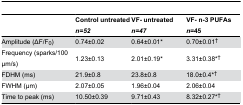
<table><thead><tr><td></td><td><b>Control untreated <i>n=52</i></b></td><td><b>VF- untreated <i>n=47</i></b></td><td><b>VF- n-3 PUFAs <i>n</i>=45</b></td></tr></thead><tbody><tr><td> Amplitude (ΔF/F<sub>0</sub>)</td><td>0.74±0.02</td><td>0.64±0.01*</td><td>0.70±0.01<sup>†</sup></td></tr><tr><td> Frequency (sparks/100 μm/s)</td><td>1.23±0.13</td><td>2.01±0.19*</td><td>3.31±0.38*<sup>†</sup></td></tr><tr><td> FDHM (ms)</td><td>21.9±0.8</td><td>23.8±0.8</td><td>18.0±0.4*<sup>†</sup></td></tr><tr><td> FWHM (μm)</td><td>2.07±0.05</td><td>1.96±0.04</td><td>2.06±0.04</td></tr><tr><td> Time to peak (ms)</td><td>10.50±0.39</td><td>9.71±0.43</td><td>8.32±0.27*<sup>†</sup></td></tr></tbody></table>